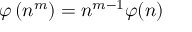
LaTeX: \varphi \left( n ^ { m } \right) = n ^ { m - 1 } \varphi ( n )